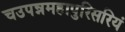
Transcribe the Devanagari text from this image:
चउपन्नमहापुरिसरियं